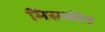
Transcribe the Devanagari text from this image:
मिसळीत